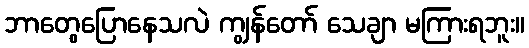
ဘာတွေပြောနေသလဲ ကျွန်တော် သေချာ မကြားရဘူး။